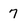
Character: 7